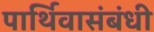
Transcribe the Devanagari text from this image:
पार्थिवासंबंधी